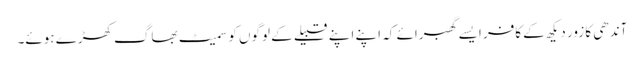
آندھی کا زور دیکھ کے کافر ایسے گھبرائے کہ اپنے اپنے قبیلے کے لوگوں کو سمیٹ بھاگ کھڑے ہوئے۔